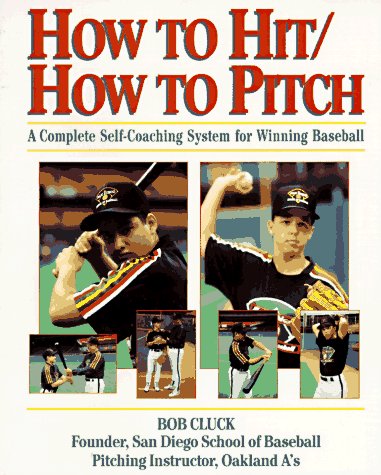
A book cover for How to Hit/How to Pitch; Bob Cluck; Sports & Outdoors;